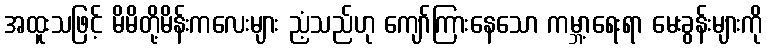
အထူးသဖြင့် မိမိတို့မိန်းကလေးများ ညံ့သည်ဟု ကျော်ကြားနေသော ကမ္ဘာ့ရေးရာ မေးခွန်းများကို